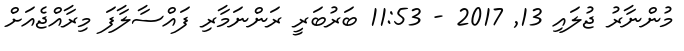
މުންނާރު ޖުލައި 13